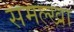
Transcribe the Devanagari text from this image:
समल्खा